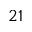
^ { 2 1 }